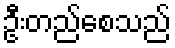
ဦးတည်စေသည်